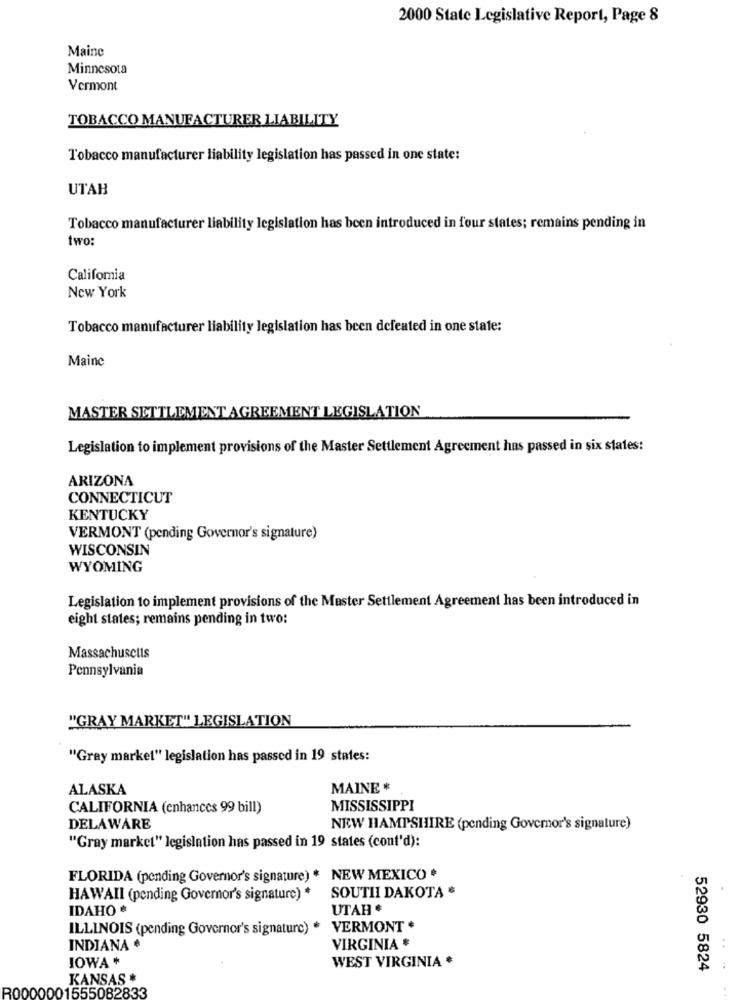
2000 State Legislative Report, Page 8
Maine
Minnesota
Vermont
TOBACCO MANUFACTURER LIABILITY
Tobacco manufacturer liability legislation has passed in one state:
UTAH
Tobacco manufacturer liability legislation has been introduced in four states; remains pending in
two:
California
New York
Tobacco manufacturer liability legislation has been defeated in one state:
Maine
MASTER SETTLEMENT AGREEMENT LEGISLATION
Legislation to implement provisions of the Master Settlement Agreement has passed in six states:
ARIZONA
CONNECTICUT
KENTUCKY
VERMONT (pending Governor's signature)
WISCONSIN
WYOMING
Legislation to implement provisions of the Master Settlement Agreement has been introduced in
eight states; remains pending in two:
Massachusetts
Pennsylvania
"GRAY MARKET" LEGISLATION
"Gray market" legislation has passed in 19 states:
ALASKA
MAINE *
CALIFORNIA (enhances 99 bill)
MISSISSIPPI
DELAWARE
NEW HAMPSHIRE (pending Governor's signature)
"Gray market" legislation has passed in 19 states (cont'd):
FLORIDA (pending Governor's signature) * NEW MEXICO .
SOUTH DAKOTA *
HAWAII (pending Governor's signature) *
IDAHO *
UTAH #
ILLINOIS (pending Governor's signature) *
VERMONT +
INDIANA
VIRGINIA *
IOWA *
WEST VIRGINIA .
52930 5824
KANSAS
30000001555082833